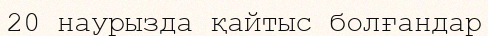
20 наурызда қайтыс болғандар